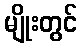
မျိုးတွင်